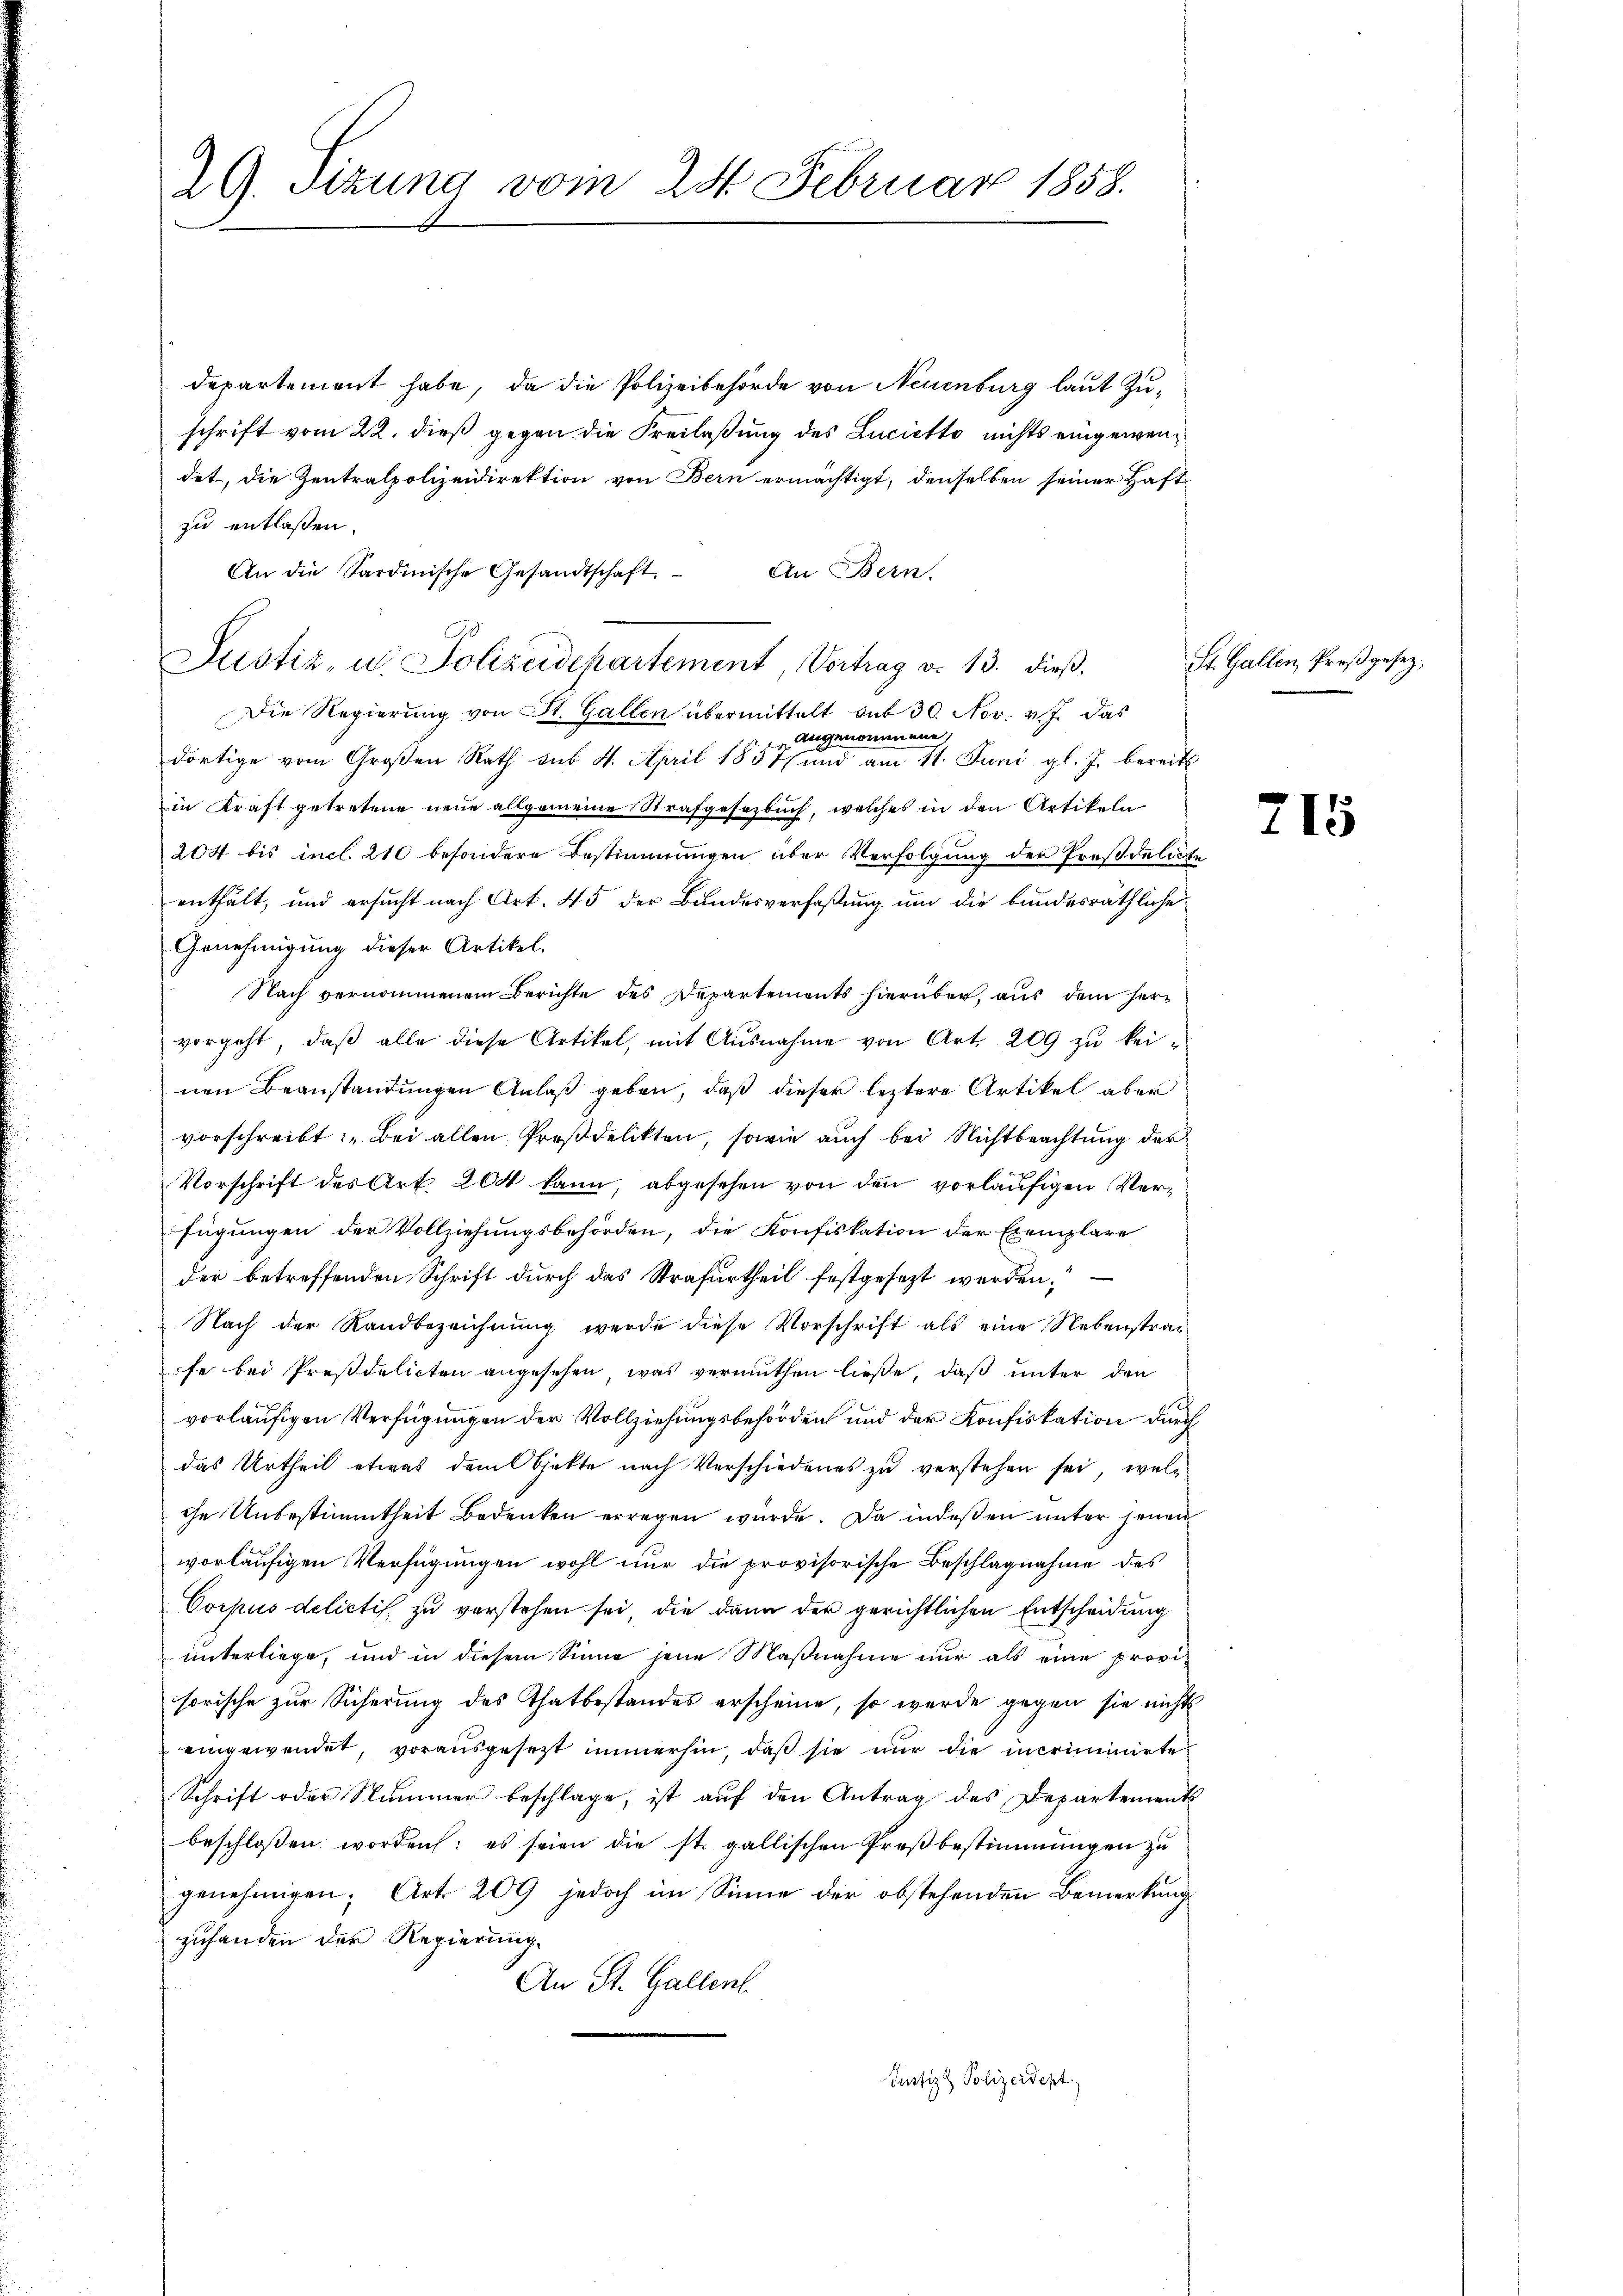
29. Sitzung vom 24. Februar 1858.

departement habe, da die Polizeibehörde von Neuenburg laut Zuschrift vom 22. dieß gegen die Freilaßung des Lucietto nichts eingewendet, die Zentralpolizeidirektion von Bern ermächtigt, denselben seiner Haft
zu entlassen.
An die Sardinische Gesandtschaft. An Bern.
Justiz- u. Polizeidepartement Vortrag v. 13. dieβ.
Die Regierung von St. Gallen übermittelt sub 30. Nov. v. J. das
angenommene
.
dortige vom Großen Rath sub 4. April 1837 und am 11. Juni gl. J. bereits
in Kraft getretene neue allgemeine Strafgesetzbuch, welches in den Artikeln
204 bis incl. 210 besondere Bestimmungen über Verfolgung der Presdeleite
enthält, und ersucht nach Art. 45 der Bundesverfaßung um die bundesräthliche
Genehmigung dieser Artikel.
Nach vernommenem Berichte des Departements hierüber, aus dem hervorgeht, daß alle diese Artikel, mit Ausnahme von Art. 209 zu keinen Beanstandungen Anlaß geben, daß dieser leztere Artikel aber
vorschreibt: „Bei allen Proßdelikten, sowie auch bei Nichtbeachtung der
Vorschrift des Art. 204 kann, abgesehen von den vorläufigen Verfügungen der Vollziehungsbehörden, die Konfiskation der Exemplare
der betreffenden Schrift durch das Strafurtheil festgesezt werden.“
Nach der Sandbezeichnŭng werde diese Vorschrift als eine Nebenstrafe bei Presdelicten angesehen, was vermuthen ließe, daß unter den
vorläufigen Verfügungen der Vollziehungsbehörden und der Konfiskation durch
das Urtheil etwas dem Objekte nach Verschiedenes zu verstehen sei, welc
che Unbestimmtheit Bedenken erregen wurde. Da indeßen unter jenen
vorläufigen Verfügungen wohl nur die provisorische Beschlagnahme des
Corpus delictis, zu verstehen sei, die dann der gerichtlichen Entscheidung
unterliege, und in diesem Sinne jene Maßnahme nur als eine provisorische zur Sicherung des Thatbestandes erscheine, so werde gegen sie nichts
eingewendet, vorausgesetzt immerhin, daß sie nur die incriminirte
Schrift oder Nummer beschlage, ist auf den Antrag des Departements
beschloßen worden: es seien die st. gallischen Presbestimmungen zu
genehmigen; Art. 209 jedoch im Sinne der obstehenden Bemerkung
zuhanden der Regierung.
An St. Gallent
Justiz & Polizeidept.

St. Gallen, Preßgesetz,

215